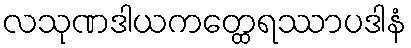
လသုဏဒါယကတ္ထေရဿာပဒါနံ